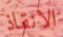
الانقاذ